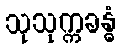
သုသုက္ကခန္ဓံ